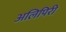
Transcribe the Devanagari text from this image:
अलिपिरी